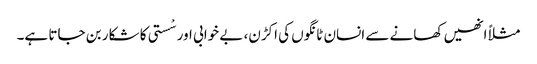
مثلاً انھیں کھانے سے انسان ٹانگوں کی اکڑن، بے خوابی اور سْستی کا شکار بن جاتا ہے۔